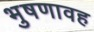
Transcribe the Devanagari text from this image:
भुषणावह